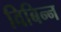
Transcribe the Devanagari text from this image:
विबिन्न